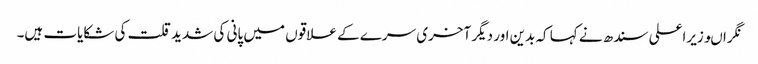
نگراںوزیراعلی سندھ نے کہا کہ بدین اور دیگر آخری سرے کے علاقوں میں پانی کی شدید قلت کی شکایات ہیں۔